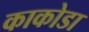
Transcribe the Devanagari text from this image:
काकोडा